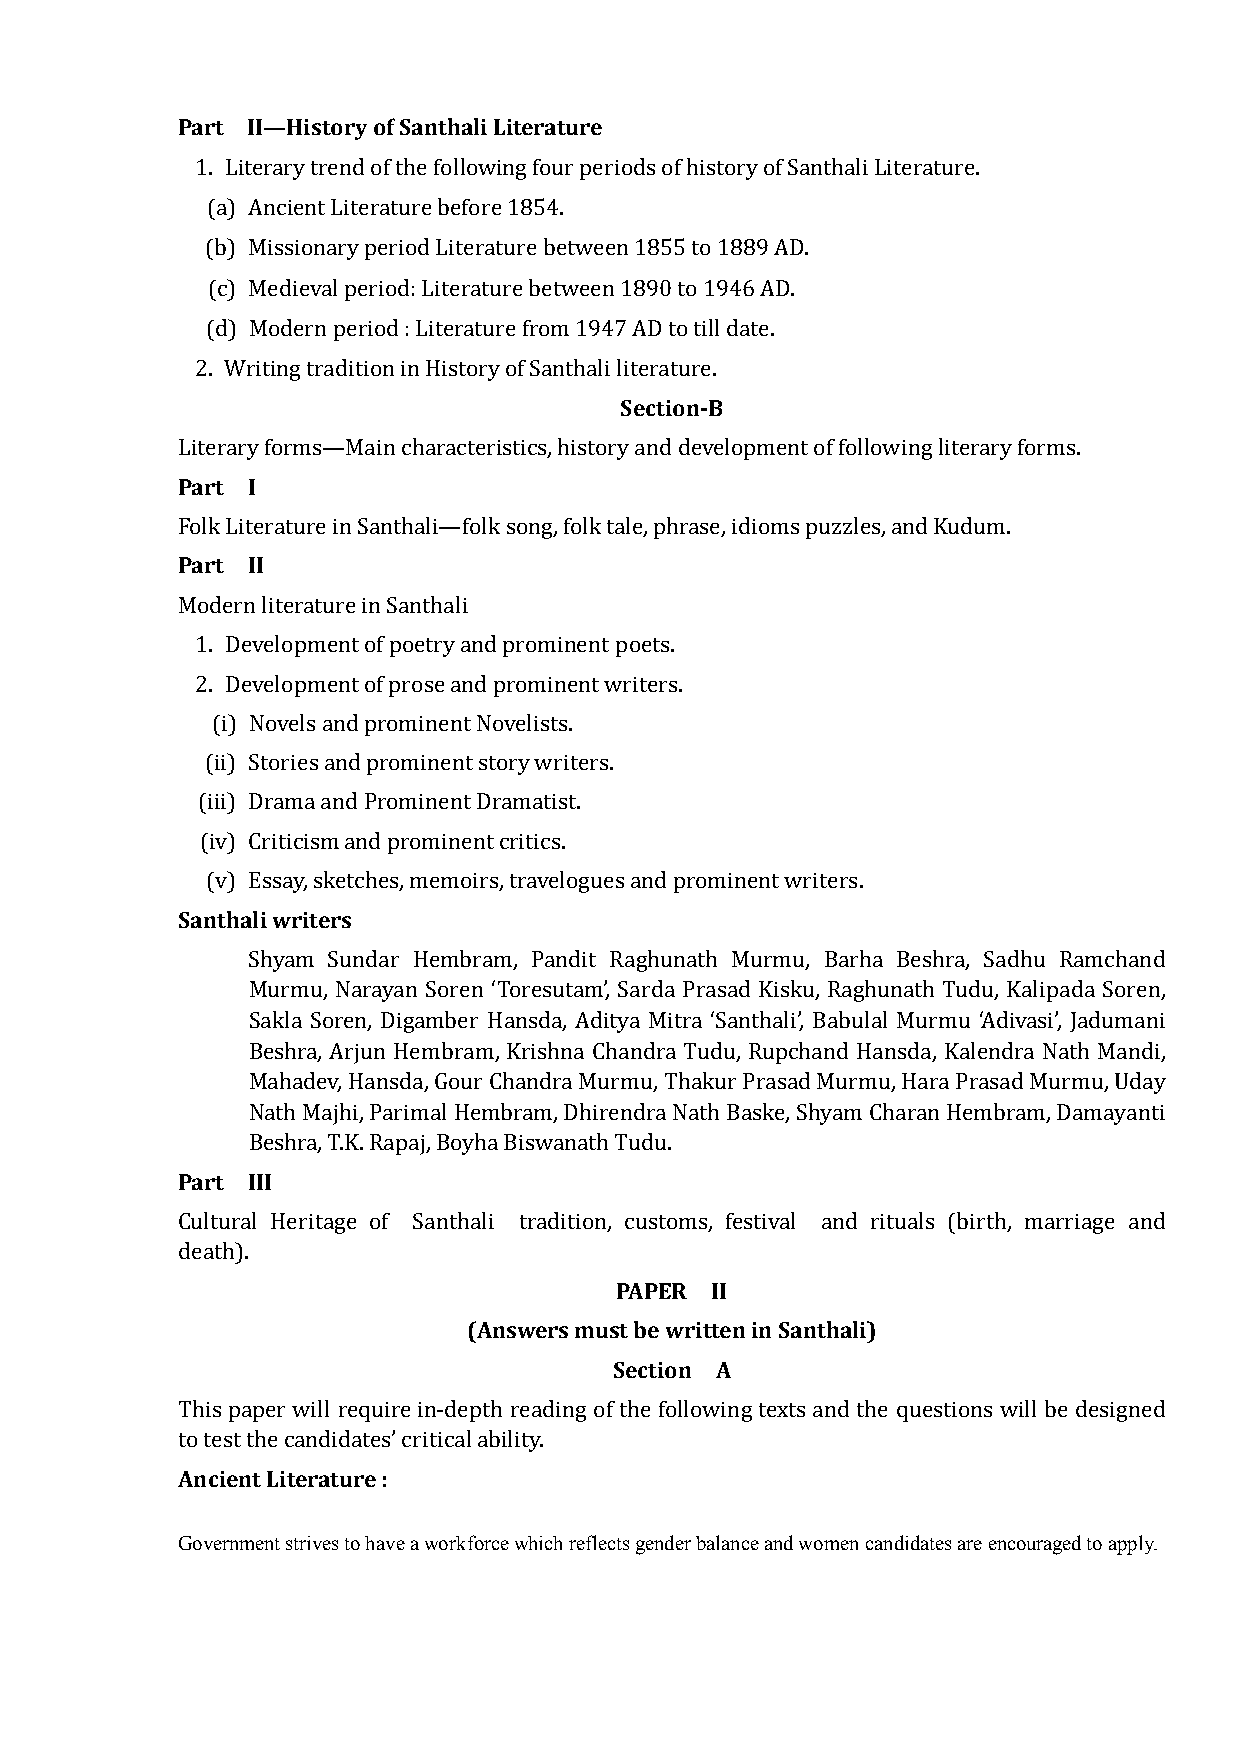
Part II—History of Santhali Literature
 1. Literary trend of the following four periods of history of Santhali Literature.
 (a) Ancient Literature before 1854.
 (b) Missionary period Literature between 1855 to 1889 AD.
 (c) Medieval period: Literature between 1890 to 1946 AD.
 (d) Modern period : Literature from 1947 AD to till date.
 Section-B
 2. Writing tradition in History of Santhali literature.
 Part I
 Literary forms—Main characteristics, history and development of following literary forms.
 Part II
 Folk Literature in Santhali—folk song, folk tale, phrase, idioms puzzles, and Kudum.
 Modern literature in Santhali
 1. Development of poetry and prominent poets.
 2. Development of prose and prominent writers.
 (i) Novels and prominent Novelists.
 (ii) Stories and prominent story writers.
 (iii) Drama and Prominent Dramatist.
 (iv) Criticism and prominent critics.
 Santhali writers
 (v) Essay, sketches, memoirs, travelogues and prominent writers.
 Shyam Sundar Hembram, Pandit Raghunath Murmu, Barha Beshra, Sadhu Ramchand
 Murmu, Narayan Soren ‘Toresutam’, Sarda Prasad Kisku, Raghunath Tudu, Kalipada Soren,
 Sakla Soren, Digamber Hansda, Aditya Mitra ‘Santhali’, Babulal Murmu ‘Adivasi’, Jadumani
 Beshra, Arjun Hembram, Krishna Chandra Tudu, Rupchand Hansda, Kalendra Nath Mandi,
 Mahadev, Hansda, Gour Chandra Murmu, Thakur Prasad Murmu, Hara Prasad Murmu, Uday
 Nath Majhi, Parimal Hembram, Dhirendra Nath Baske, Shyam Charan Hembram, Damayanti
 Part III
 Beshra, T.K. Rapaj, Boyha Biswanath Tudu.
 Cultural Heritage of Santhali tradition, customs, festival and rituals (birth, marriage and
 PAPER II
 death).
 (Answers must be written in Santhali)
 Section A
 This paper will require in-depth reading of the following texts and the questions will be designed
 Ancient Literature :
 to test the candidates’ critical ability.
 Government strives to have a workforce which reflects gender balance and women candidates are encouraged to apply.